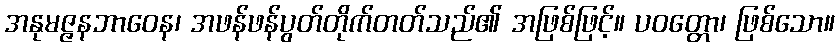
အနုမဇ္ဇနဘာဝေန၊ အဖန်ဖန်ပွတ်တိုက်တတ်သည်၏ အဖြစ်ဖြင့်။ ပဝတ္တော၊ ဖြစ်သော။